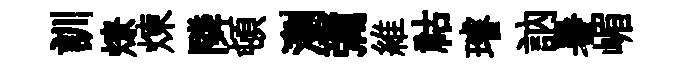
訓燎煉隣頓瀏彌維祜璿訥暑嵋